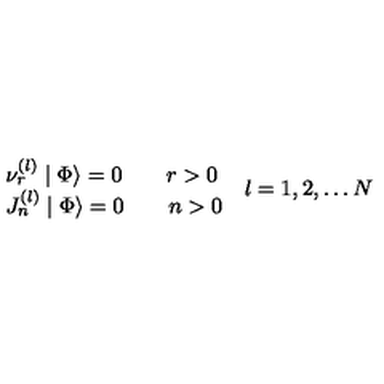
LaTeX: \begin{array} { l } { \nu _ { r } ^ { \left( l \right) } \mid \Phi \rangle = 0 \qquad r > 0 } \\ { J _ { n } ^ { \left( l \right) } \mid \Phi \rangle = 0 \qquad n > 0 } \\ \end{array} \begin{array} { c } { l = 1 , 2 , \ldots N } \\ \end{array}